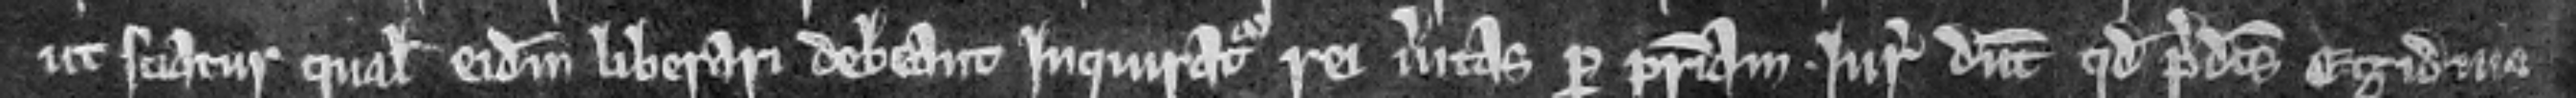
ut sciatur quales eidem liberari debeant inquiratur rei veritas per patriam. Juratores dicunt quod predicti Egidius